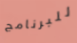
للبرنامج